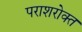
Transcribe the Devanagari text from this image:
पराशरोक्त